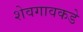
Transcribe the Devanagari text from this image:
शेवगावकडे